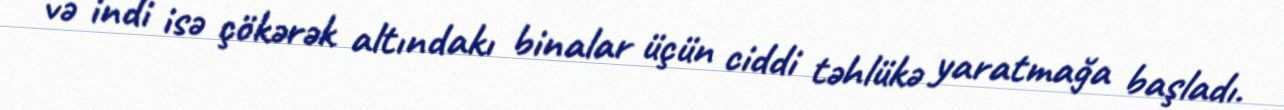
və indi isə çökərək altındakı binalar üçün ciddi təhlükə yaratmağa başladı.